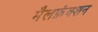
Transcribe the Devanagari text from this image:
मैलफ़ंक्शन